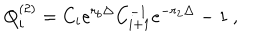
LaTeX: Q _ { i } ^ { ( 2 ) } = C _ { i } e ^ { r _ { b } \Delta } C _ { i + 1 } ^ { - 1 } e ^ { - r _ { 2 } \Delta } - 1 \ ,